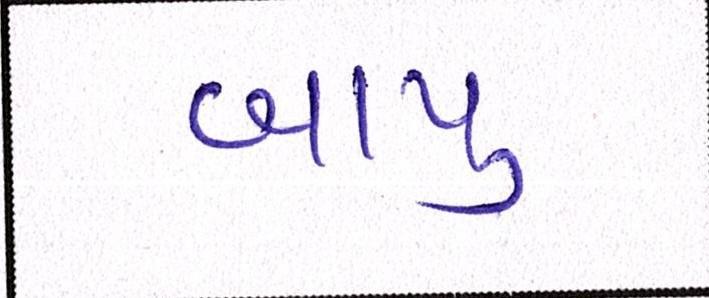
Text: બાપુ